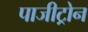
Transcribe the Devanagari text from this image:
पाजीट्रोन